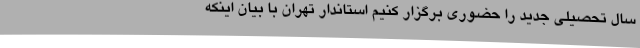
سال تحصیلی جدید را حضوری برگزار کنیم استاندار تهران با بیان اینکه